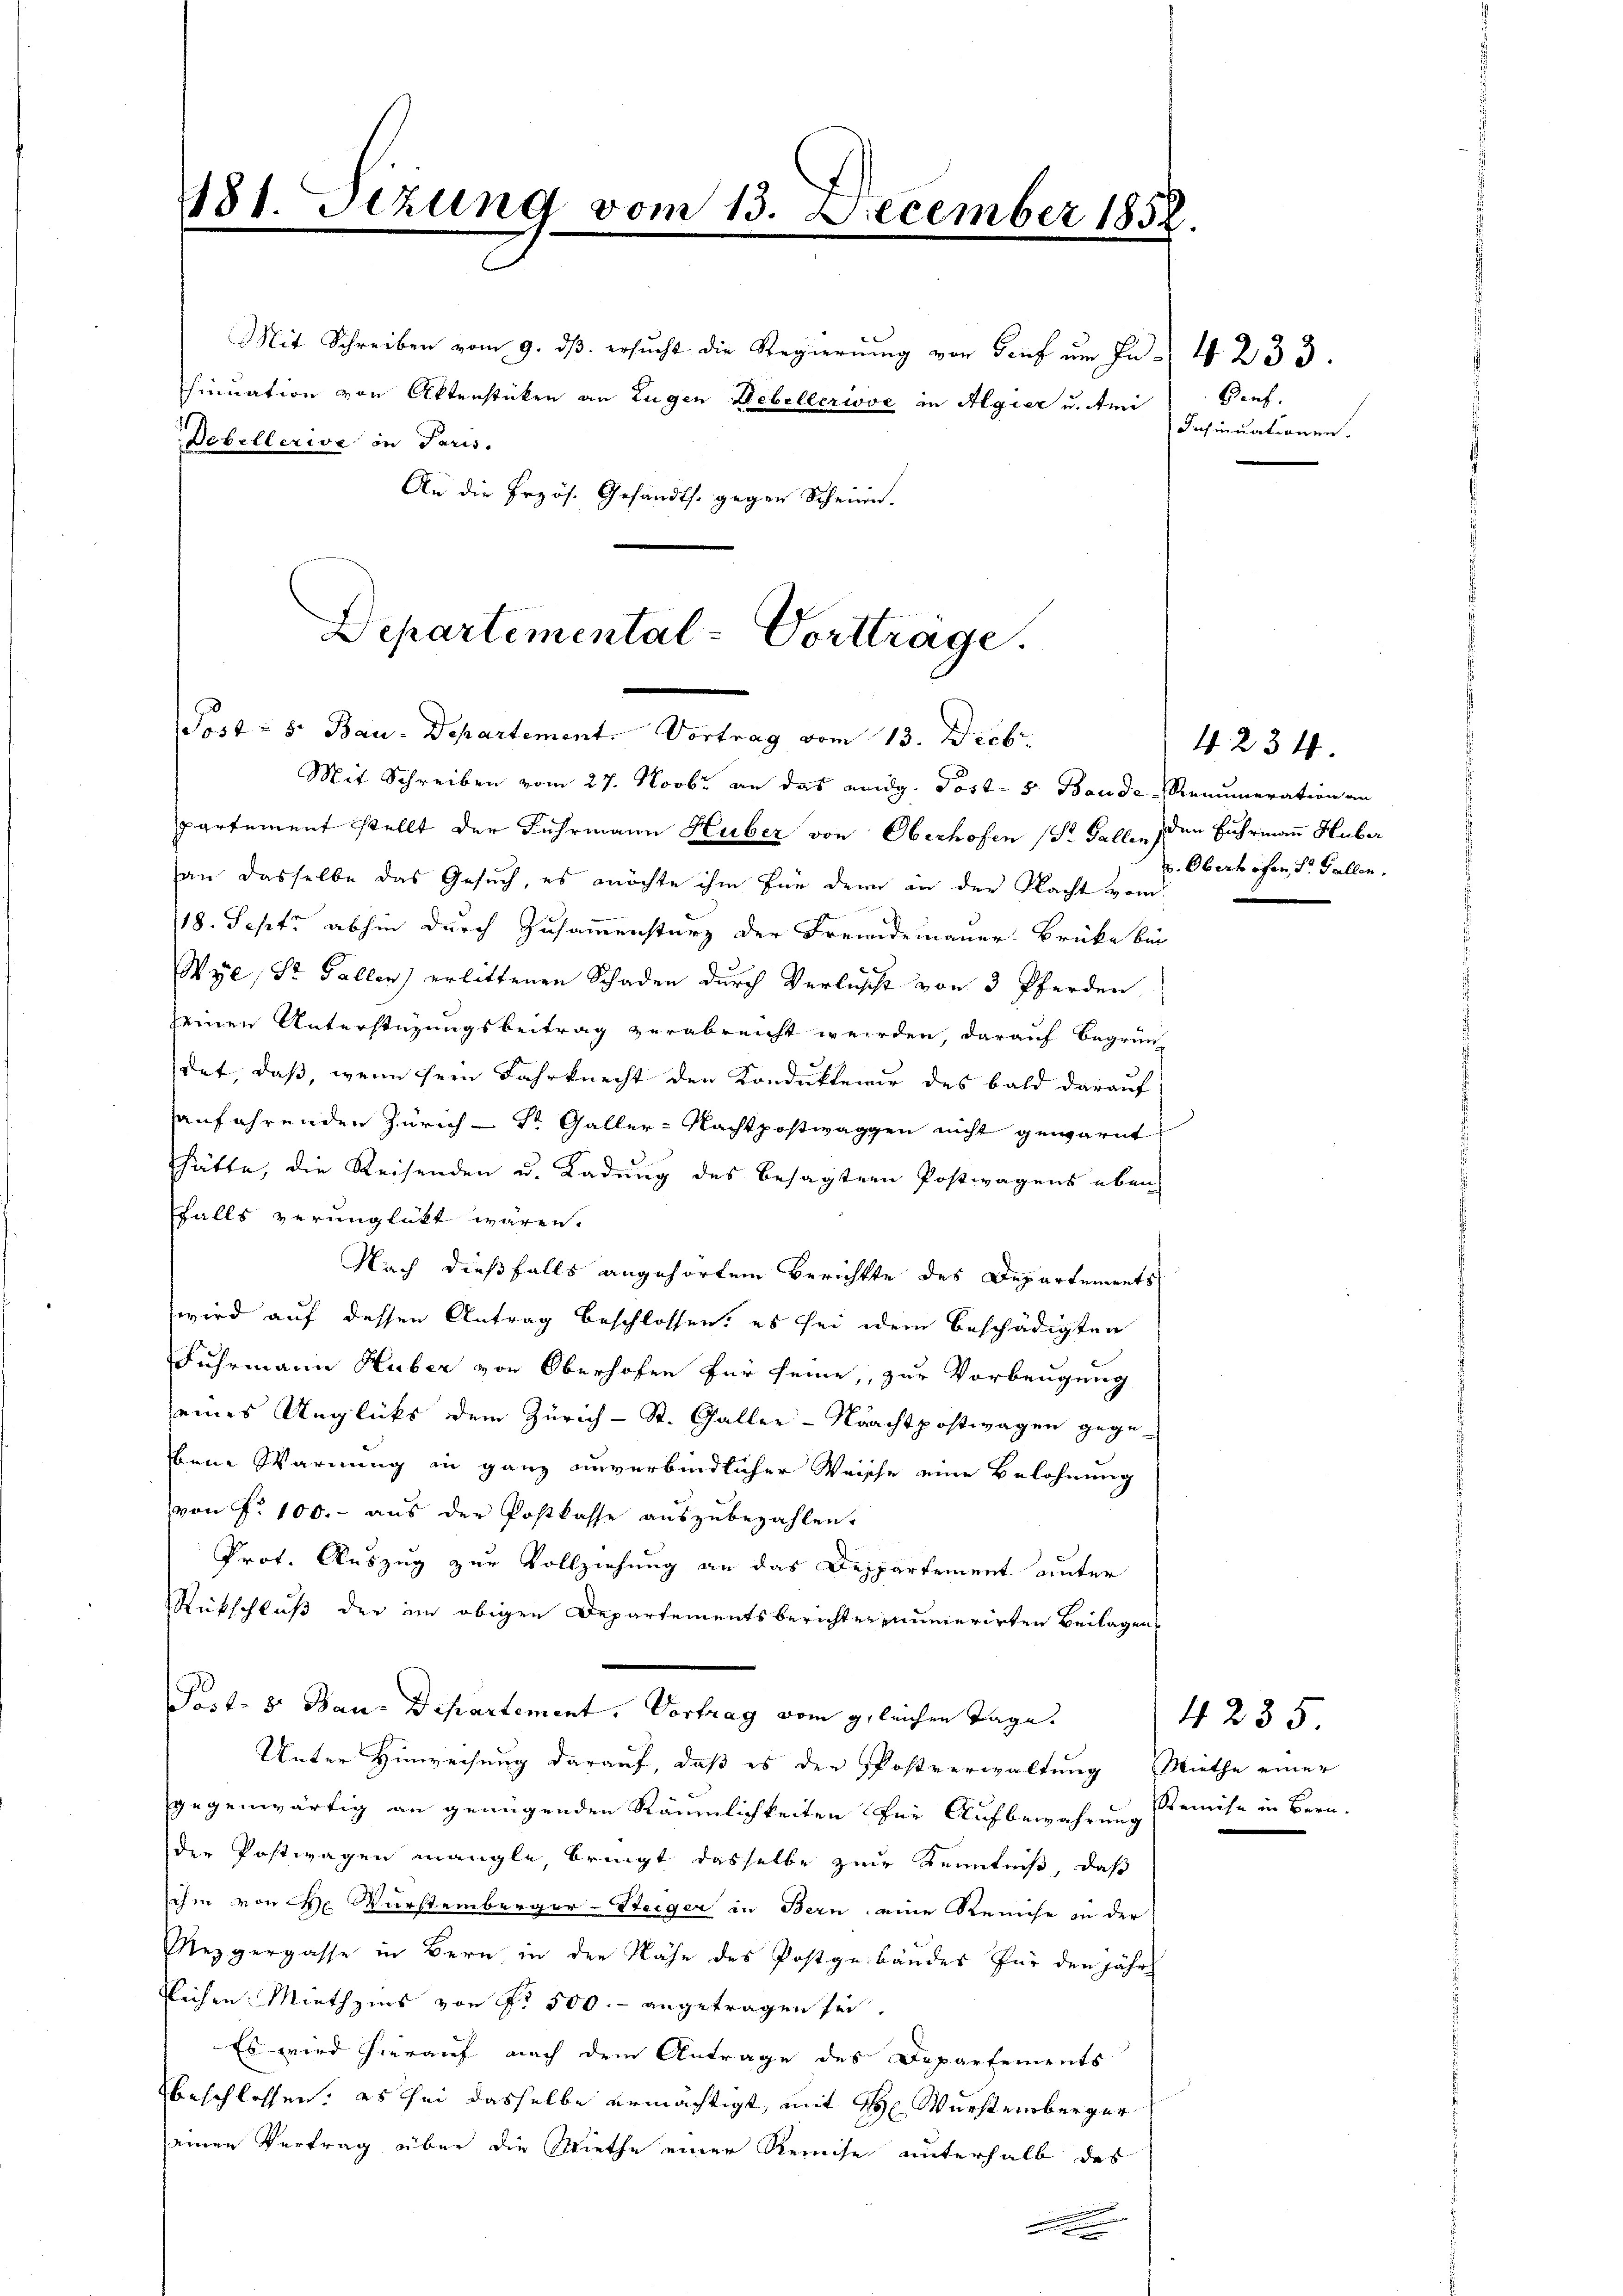
181. Sizung vom 13. December 185.
e

Debellerwe in Paris.
An die Erzös. Gesandts. gegen Schein.

Mit Schreiben vom 9. dβ. ersŭcht die Regierŭng von Genf ŭm In- 4. 233.
sinuation von Aktenstücken an Eugen Hebellerive in Algier u. Ami

Departemental-Vorttrage.
Post - 5. Bau-Departement. Vortrag vom 13. Decbr.

Mit Schreiben vom 27. Novbr. an das anidg. Post- 5. Baude-Renumeration an
partement stellt der Fuhrmann Huber von Oberhofen (Dr. Falle, den Fuhrmann Huber
an dasselbe das Gesuch, es möchte ihm für denn in der Nacht vom
/18. Sept. abhin durch Zusammensturz der Fremdemauer-Brücke bin
Wye, St. Gallen) erlittenen Schaden durch Verlust von 3 Pferden,
seinen Unterstüzungsbeitrag verabreicht werden, darauf Begrün-
det, daß, wenn sein Jahrknecht den Konduktenir des bald darauf
anführenden Zürich - Dr. Galler-Nachtpostwaggen nicht gewarnt
hätte, die Reisenden u. Ladung des besagten Postwagens eben
falls verunglückt wären.
Nach dießfalls angehörtem Berichtte des Departements
wird auf dessen Antrag beschlossen: es sei dem beschädigten
Fuhrmann Huber von Oberhofen für seine, zur Vorbeugung
eines Unglücks dem Zürich - St. Galler-Nachtpostwagen gege-
bene Warnung in ganz unverbindlicher Weische eine Belohnung
von Nr. 100.- aus der Postkasse auszubezahlen.
Prot. Auszug zur Vollziehung an das Deppartement unter
Rückschluß der im obigen Departementsberichternumerirten Beilagen
Post- u Bau-Departement. Vortrag vom gleichen Tage.
Unter Hinweisung darauf, daß es der Postverwaltung Miethe einer
gegenwärtig an genügenden Räumlichkeiten für Aufbewahrung remise in Bern.
der Postwagen mangle, bringt dasselbe zur Kenntniß, daß
ihm von che Wurstemberger-Steiger in Bern eine Reiche in der
Mezgergasse in Bern, in den Nähe des Postgebäudes für den jähr
tlichen Miethzins von Fr. 500.- angetragen sei.
Es wird hierauf nach dem Antrage des Departements
beschlossen, es sei dasselbe ermächtigt, mit H. Wurstenberger
einen Vertrag über die Miethe einer Reise unterhalb des
.

Genf.
Insinuationen.

4235

4234.
v. Obert öfen, St. Gallen.